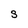
Character: S